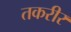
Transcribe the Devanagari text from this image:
तकरीर